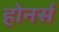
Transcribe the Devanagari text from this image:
होनर्स